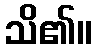
သိ၏။